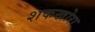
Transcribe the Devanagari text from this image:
शकखोरा